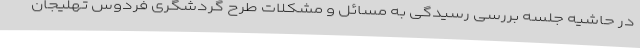
در حاشیه جلسه بررسی رسیدگی به مسائل و مشکلات طرح گردشگری فردوس تهلیجان